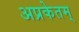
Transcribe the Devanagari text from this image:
अप्रकेतम्